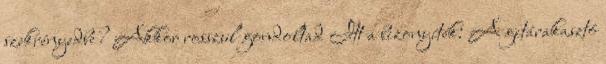
szekrényedbe? Akkor rosszul gondoltad Itt a bizonyíték: A gitárakasztó